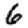
Digit: 6